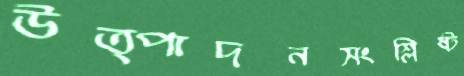
উত্পাদনসংশ্লিষ্ট